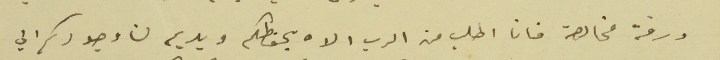
ورقة مخالصة فانا اطلب من الرب الاه يحفظكم ويديم لنا وجودكم الي